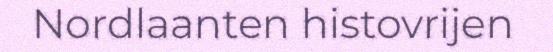
Nordlaanten histovrijen